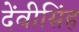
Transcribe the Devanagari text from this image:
देंवीसिंह